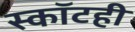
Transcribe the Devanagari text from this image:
स्कॉटही